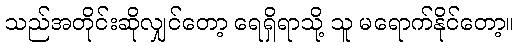
သည်အတိုင်းဆိုလျှင်တော့ ရေရှိရာသို့ သူ မရောက်နိုင်တော့။